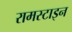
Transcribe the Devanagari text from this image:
रामस्टाइन